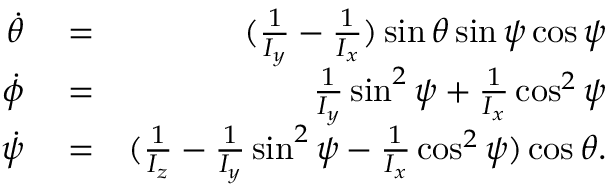
\begin{array} { r l r } { \dot { \theta } } & { { } = } & { ( \frac { 1 } { I _ { y } } - \frac { 1 } { I _ { x } } ) \sin \theta \sin \psi \cos \psi } \\ { \dot { \phi } } & { { } = } & { \frac { 1 } { I _ { y } } \sin ^ { 2 } \psi + \frac { 1 } { I _ { x } } \cos ^ { 2 } \psi } \\ { \dot { \psi } } & { { } = } & { ( \frac { 1 } { I _ { z } } - \frac { 1 } { I _ { y } } \sin ^ { 2 } \psi - \frac { 1 } { I _ { x } } \cos ^ { 2 } \psi ) \cos \theta . } \end{array}